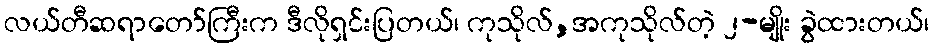
လယ်တီဆရာတော်ကြီးက ဒီလိုရှင်းပြတယ်၊ ကုသိုလ်,အကုသိုလ်တဲ့ ၂-မျိုး ခွဲထားတယ်၊